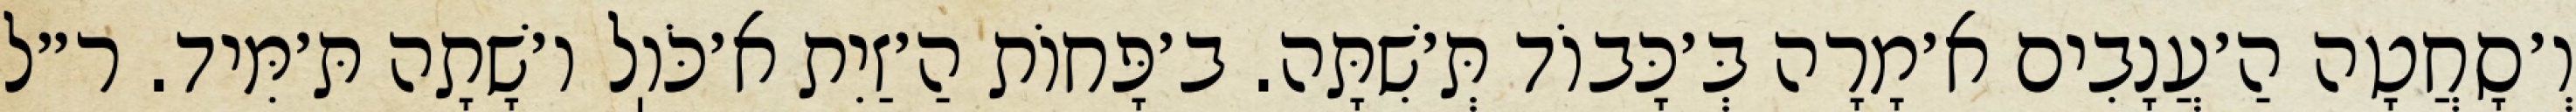
וְ׳סָחֲטָה הַ׳עֲנָבִים א׳מָרָה בְּ׳כָּבוֹד תְּ׳שִׁתָּה. ב׳פָּחוֹת הַ׳זַיִת א׳כֹּוֽל ו׳שָׁתָה תּ׳מִּיד. ר״ל